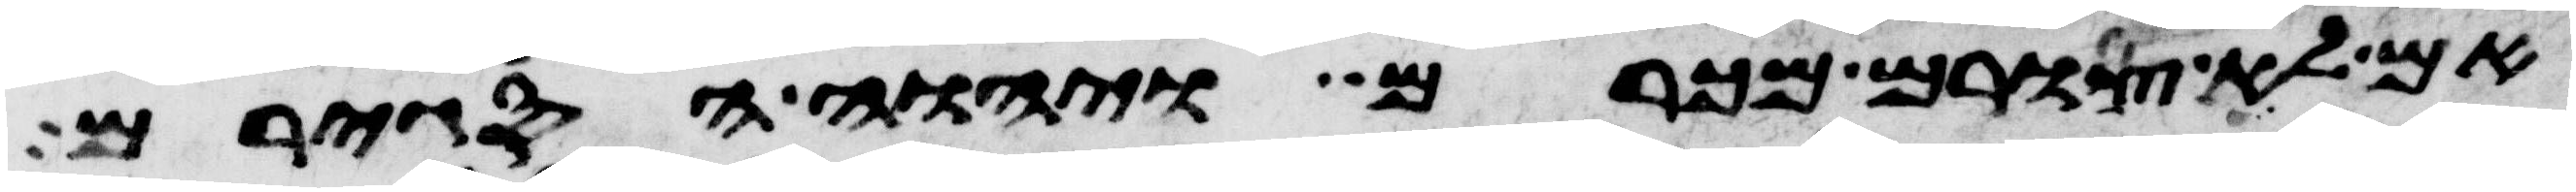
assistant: אם לא צורם מכרם ויהוה הסגירם